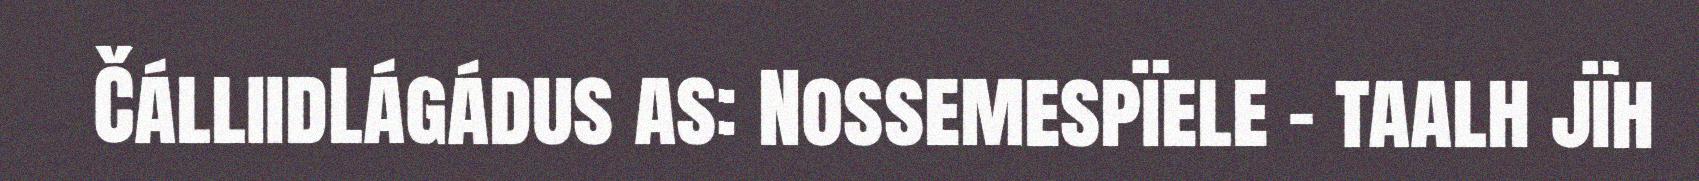
ČálliidLágádus as: Nossemespïele - taalh jïh